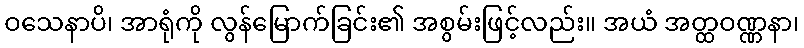
ဝသေနာပိ၊ အာရုံကို လွန်မြောက်ခြင်း၏ အစွမ်းဖြင့်လည်း။ အယံ အတ္ထဝဏ္ဏနာ၊